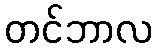
တင်ဘာလ